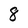
Character: 8